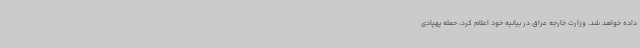
داده خواهد شد. وزارت خارجه عراق در بیانیه خود اعلام کرد، حمله پهپادی